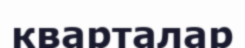
кварталар